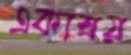
একাশ্রয়